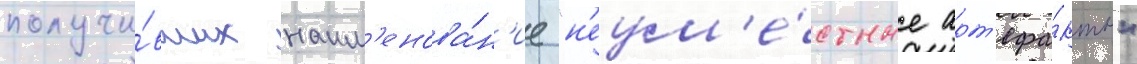
получи́вших наим'енова́н'ие "н'еум'е́стные арт'ефа́кты"